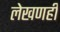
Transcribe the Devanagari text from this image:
लेखणही